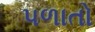
પળાતો